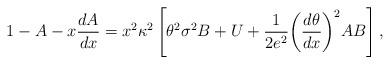
LaTeX: \begin{align*}1-A-x\frac{dA}{dx}=x^2{\kappa}^2\left[{\theta}^2{\sigma}^2B+U+\frac{1}{2e^2}{\left(\frac{d\theta}{dx}\right)}^2AB\right],\end{align*}